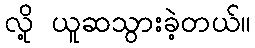
လို့ ယူဆသွားခဲ့တယ်။